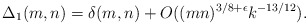
\begin{align*} \Delta_1(m,n)= \delta(m,n) +O((mn)^{3/8+\epsilon} k^{-13/12}).\end{align*}